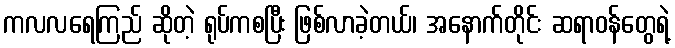
ကလလရေကြည် ဆိုတဲ့ ရုပ်ကစပြီး ဖြစ်လာခဲ့တယ်၊ အနောက်တိုင်း ဆရာဝန်တွေရဲ့